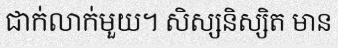
ជាក់លាក់មួយ។ សិស្សនិស្សិត មាន